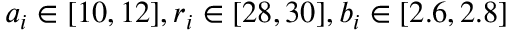
a _ { i } \in [ 1 0 , 1 2 ] , r _ { i } \in [ 2 8 , 3 0 ] , b _ { i } \in [ 2 . 6 , 2 . 8 ]